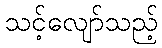
သင့်လျော်သည့်